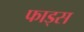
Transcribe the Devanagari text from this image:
फाड्स